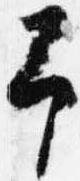
予